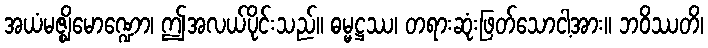
အယံမဇ္ဈိမောဏ္ဍော၊ ဤအလယ်ပိုင်းသည်။ ဓမ္မဋ္ဌဿ၊ တရားဆုံးဖြတ်သောငါ့အား။ ဘဝိဿတိ၊